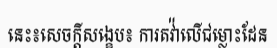
នេះ៖សេចក្តីសង្ខេប៖ ការតវ៉ាលើជម្លោះដែន